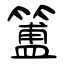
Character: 簠